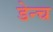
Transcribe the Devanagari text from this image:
डेन्च